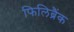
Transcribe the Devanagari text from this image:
फिलिब्रैंक